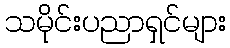
သမိုင်းပညာရှင်များ